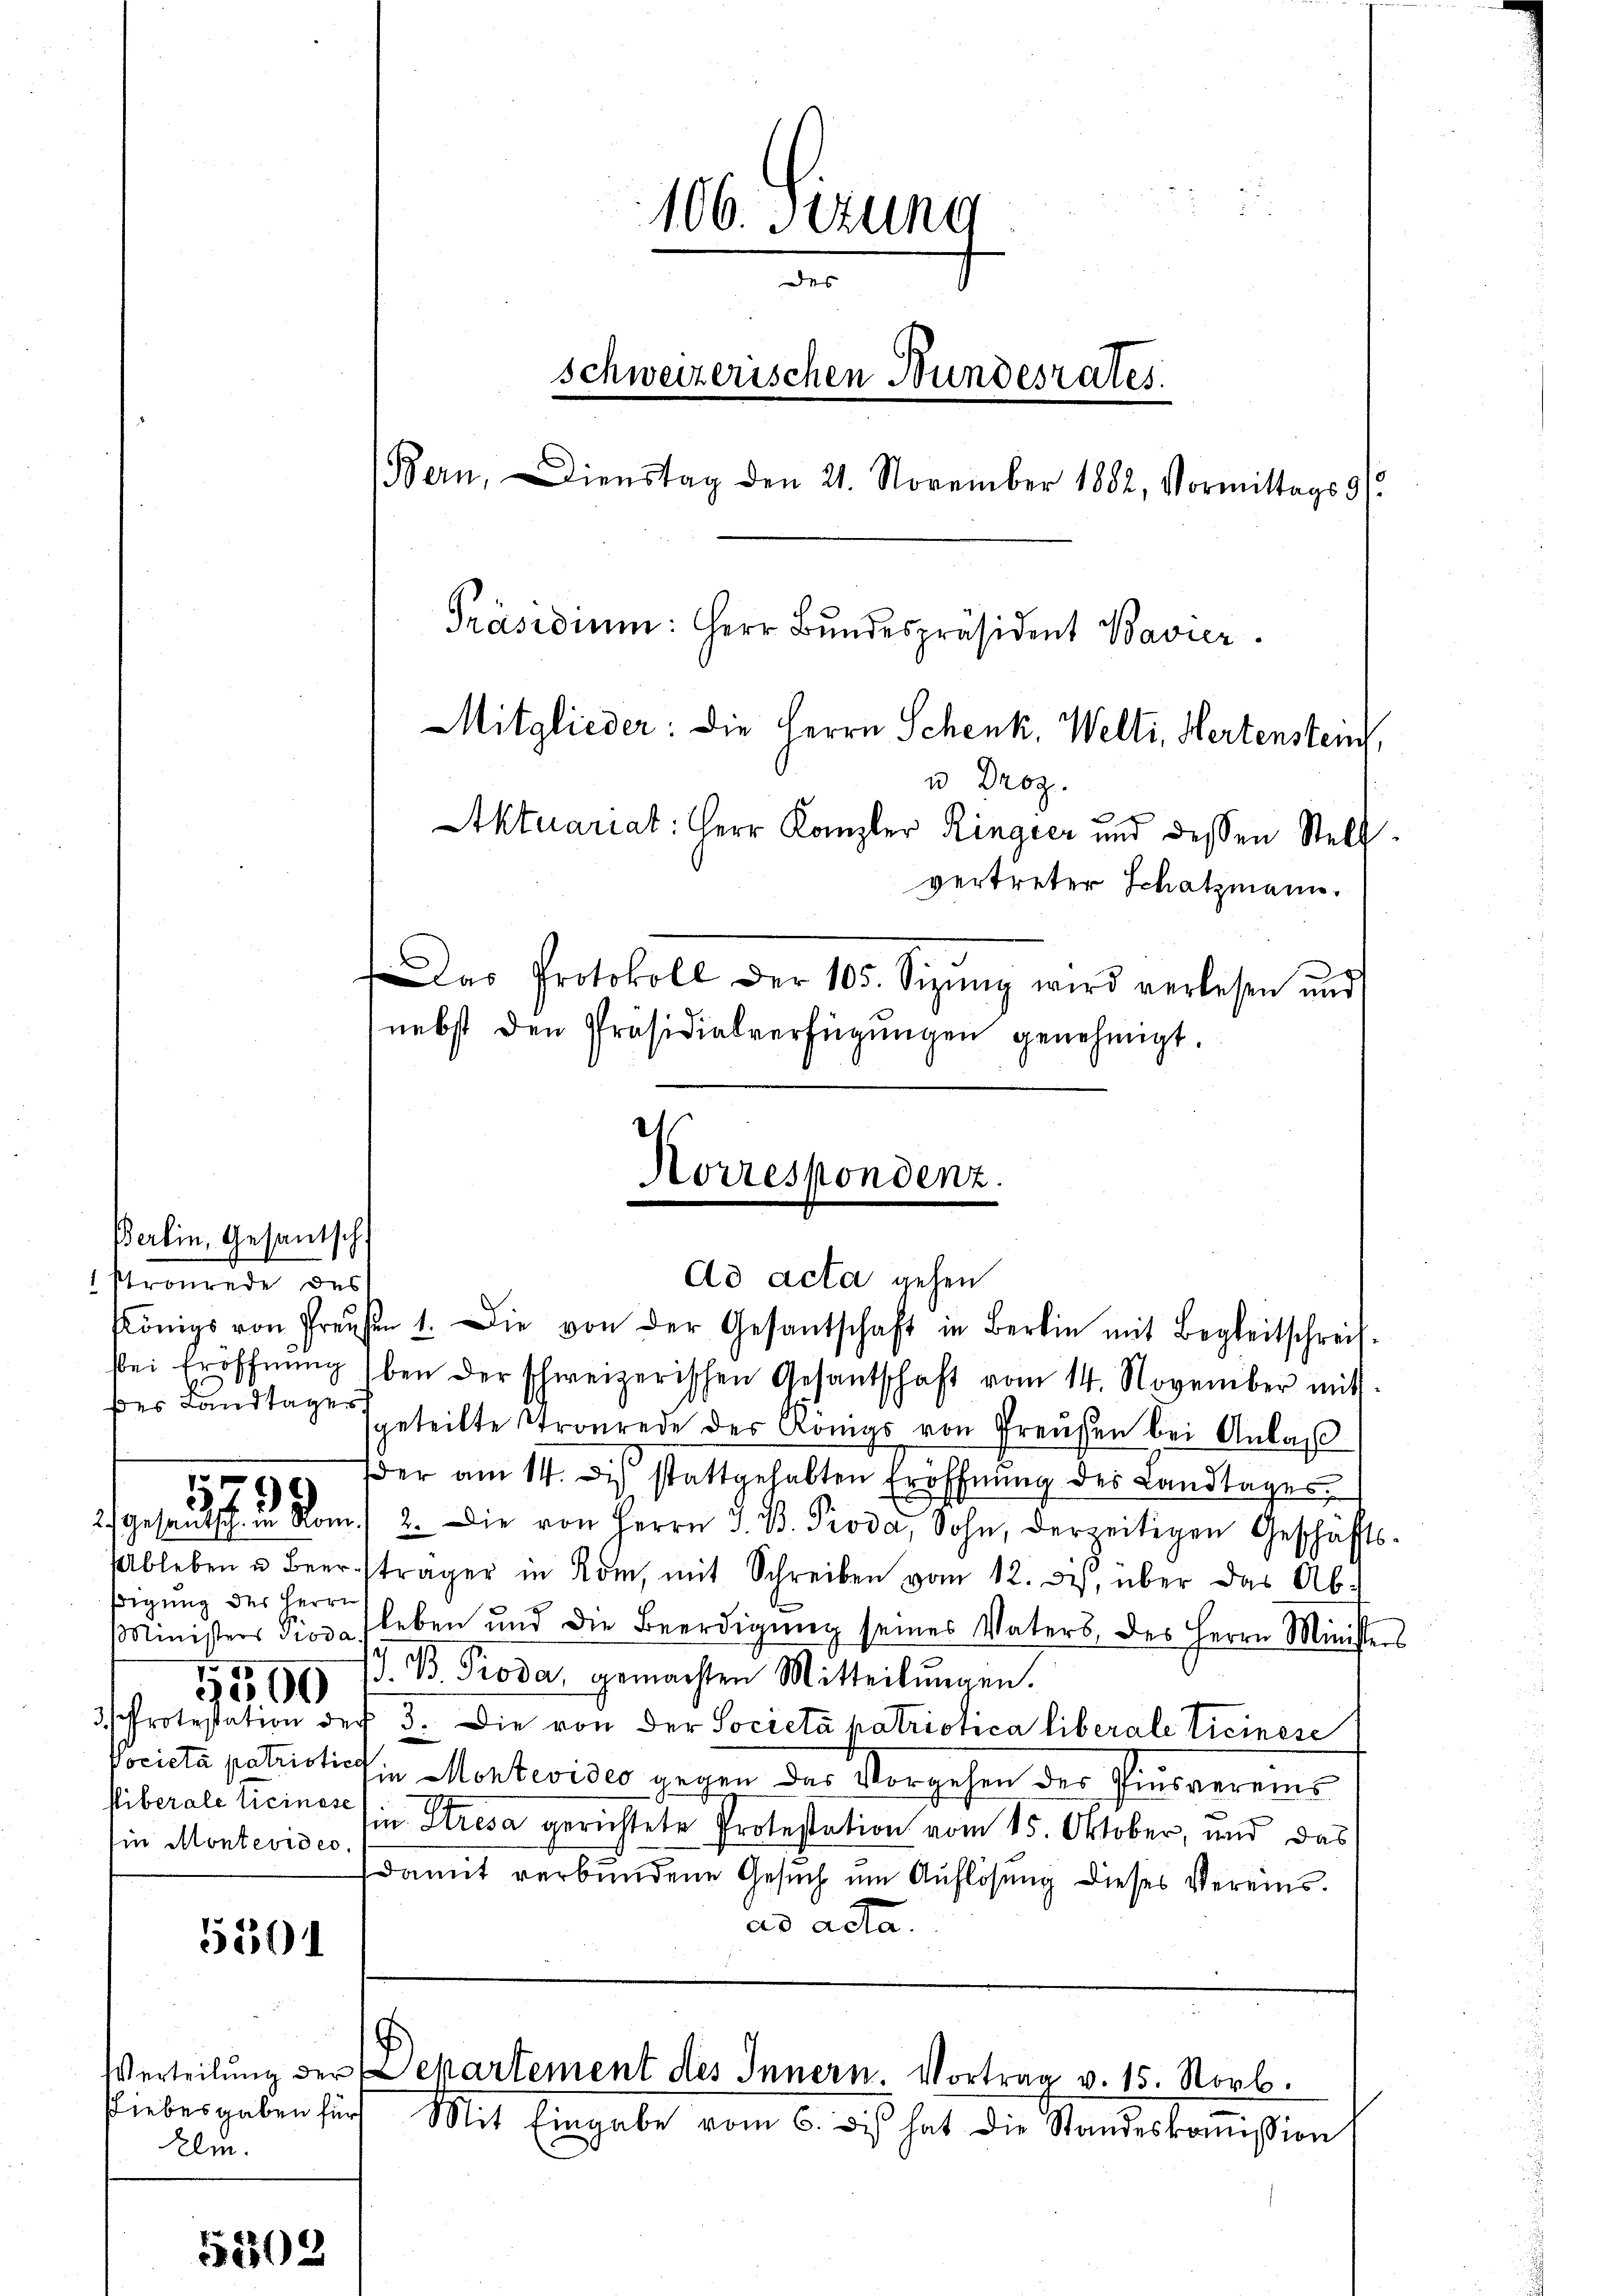
Berlin, Gesantsch
Kronende des
ses Landtager

)

sigung des Herrn
a
2569
Ein Montevideo

5501

Kelm.

5202

Ad acta gehen
Königs von Preisen 1. Die von der Gesantschaft in Bern mit Begleitschreif-
bei Eröffnŭng bei der schweizerischen Gesantschaft vom 14. November mit
geteilte Tronrede der Königs von Preußen bei Anlaß
der am 14. des stattgehabten Eröffnŭng des Landtages.
2) Gesandtsch in Rom. 2. Die von Herrn J. B. Pioda, Sohn, derzeitigen Geschäfts-
Ableben u Beerträger in Rom, mit Schreiben vom 12. ds. über das Ab-
Ministers Piova leben und die Beerdigŭng seines Vaters des Herrn Ministers
G. B. Pioda, gemachten Mitteilŭngen.
3.) Protestation der 3. Die von der Società patriotica liberale Ticinsse
Pocieta patriotich in Montevideo gegen das Vorgehen des Pinsvereins
Viberale liciner (in Stresa gerichtete Protestation vom 15. Oktober, und das
damit verbundene Gesuch um Auflösung dieses Vereinsad acta.
Verteilung der Departement des Innern Vortrag v. 15. Novb.
siebergaben für Mit Eingabe vom 6. des hat die Standeskommißion

106. Setzung
D
Schweizerischen Bundesrates.
Bern, Dienstag den 21. November 1882, Vormittags 91
Präsidium: Herr Bundespräsident Bavier
Mitglieder: die Herrn Schenk, Welti, Hertenstein,
u Droz.
Aktuariat: Herr Kanzler Ringier und dessen Stellvertreter Schatzmann.

Das Protokoll der 105. Sizŭng wird verlesen und
nebst den Präsidialverfügŭngen genehmigt.
d
Horrespondenz.